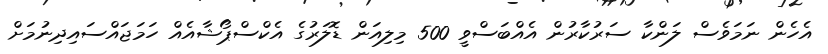
އެހެން ނަމަވެސް ލަންކާ ސަރުކާރުން އެއްބަސްވީ 500 މިލިއަން ޑޮލަރުގެ އެކްސްޕޯޝާއެއް ހަމަޖައްސައިދިނުމަށް